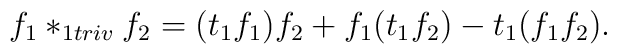
f_1*_{1triv}f_2=(t_1f_1)f_2+f_1(t_1f_2)-t_1(f_1f_2).